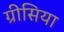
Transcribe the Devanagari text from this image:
ग्रीसिया